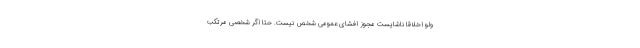
ولو اخلاقاً ناشایست مجوز افشای عمومی شخص نیست. حتا اگر شخصی مرتکب